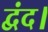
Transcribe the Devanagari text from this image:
द्वंद।